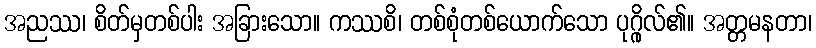
အညဿ၊ စိတ်မှတစ်ပါး အခြားသော။ ကဿစိ၊ တစ်စုံတစ်ယောက်သော ပုဂ္ဂိုလ်၏။ အတ္တမနတာ၊